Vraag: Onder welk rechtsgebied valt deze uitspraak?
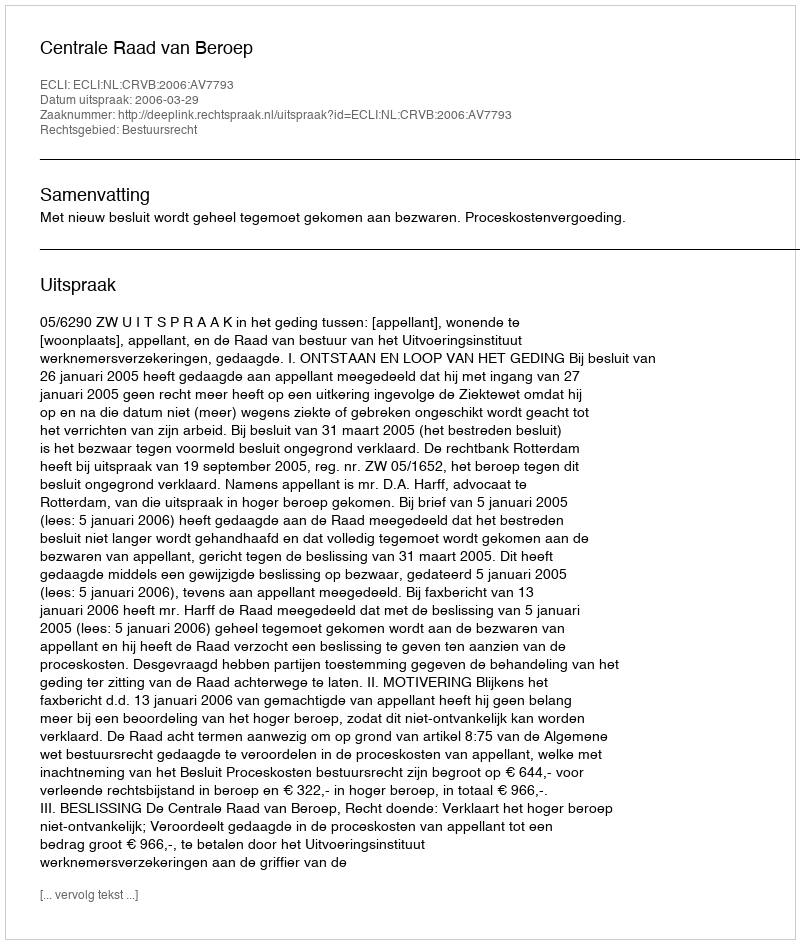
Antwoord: Bestuursrecht